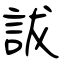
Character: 詙